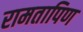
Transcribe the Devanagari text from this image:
रामतापिण